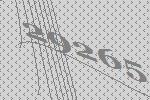
29265